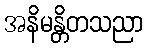
အနိမန္တိတသညာ